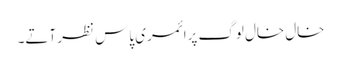
خال خال لوگ پرائمری پاس نظر آتے۔